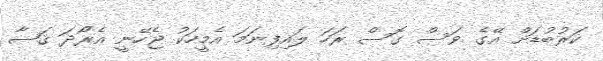
ކަރުބުޑަށް އޭގެ ވަސް ގޮސް ރަހަ ލައިފިނަމަ އެމީހަކު ޖެހޭނީ އެރޯދަ ޤަޟާ